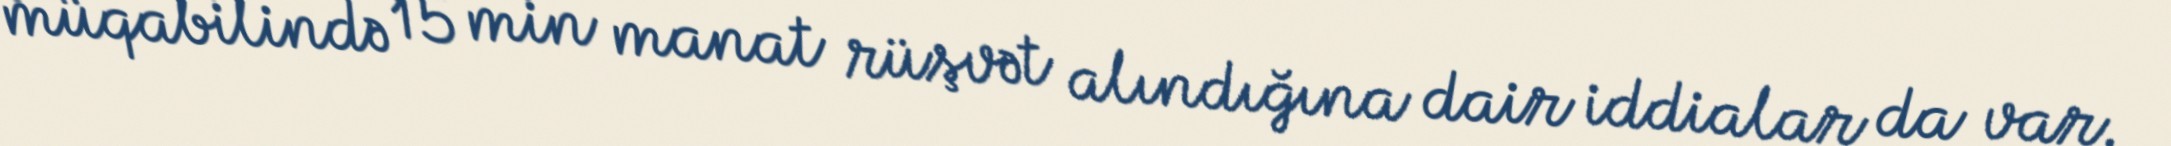
müqabilində 15 min manat rüşvət alındığına dair iddialar da var.